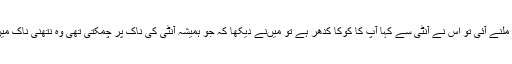
ایک میری فرینڈ ملنے آئی تو اس نے آنٹی سے کہا آپ کا کوکا کدھر ہے تو میں‌نے دیکھا کہ جو ہمیشہ آنٹی کی ناک پر چمکتی تھی وہ نتھنی ناک میں‌سے غائب ہے۔